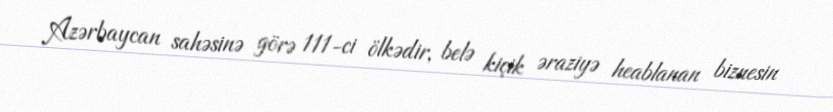
Azərbaycan sahəsinə görə 111-ci ölkədir, belə kiçik əraziyə heablanan biznesin